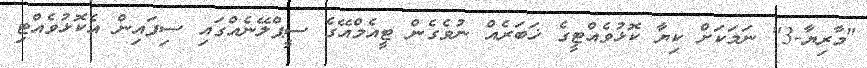
"މާރިޔާ-3" ނަމަކަށް ކިޔާ ކޮޅުވެއްޓީގެ ޚަބަރެއް ނުވެގެން ޓީއެމްއޭގެ ސީޕްލޭނެއްގައި ސިފައިން އެކޮޅުވެއްޓި